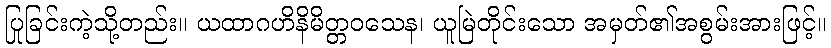
ပြုခြင်းကဲ့သို့တည်း။ ယထာဂဟိနိမိတ္တဝသေန၊ ယူမြဲတိုင်းသော အမှတ်၏အစွမ်းအားဖြင့်။